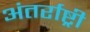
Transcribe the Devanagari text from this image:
अंतर्राष्ट्री